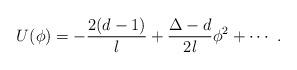
LaTeX: \begin{align*} U(\phi) = -\frac{2(d-1)}l + \frac{\Delta-d}{2l} \phi^2 +\cdots~.\end{align*}